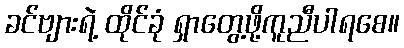
ခင်ဗျားရဲ့ ထိုင်ခုံ ရှာတွေ့ဖို့ကူညီပါရစေ။